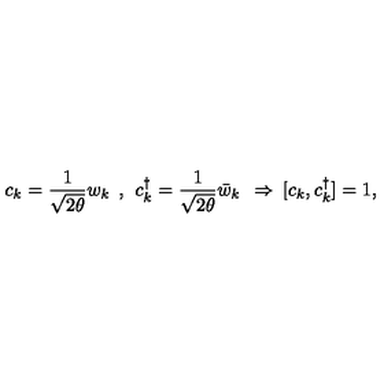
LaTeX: c _ { k } = \frac { 1 } { \sqrt { 2 \theta } } w _ { k } \: \: , \: \: c _ { k } ^ { \dag } = \frac { 1 } { \sqrt { 2 \theta } } \bar { w } _ { k } \: \: \Rightarrow \: [ c _ { k } , c _ { k } ^ { \dag } ] = 1 ,